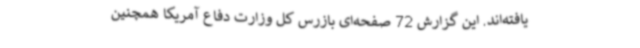
یافته‌اند. این گزارش 72 صفحه‌ای بازرس کل وزارت دفاع آمریکا همچنین